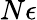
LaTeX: N\epsilon